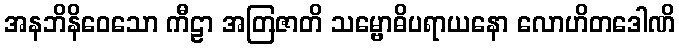
အနဘိနိဝေသော ကီဠာ အတြဇာတိ သမ္ဗောဓိပရာယနော လောဟိတဒေါဏိ